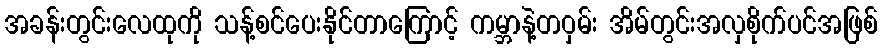
အခန်းတွင်းလေထုကို သန့်စင်ပေးနိုင်တာကြောင့် ကမ္ဘာနဲ့တဝှမ်း အိမ်တွင်းအလှစိုက်ပင်အဖြစ်